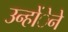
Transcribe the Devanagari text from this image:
उन्होंेने